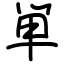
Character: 単